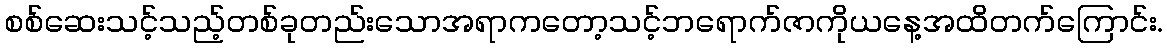
စစ်ဆေးသင့်သည့်တစ်ခုတည်းသောအရာကတော့သင့်ဘရောက်ဇာကိုယနေ့အထိတက်ကြောင်း.